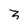
Character: 3